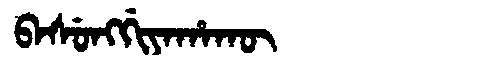
Manchu: ᠪᠠᠰᡠᠩᡤᡳᠶᠠᡥᠠᡴᡡ
Romanization: BASUNGGIYAHAKŪ